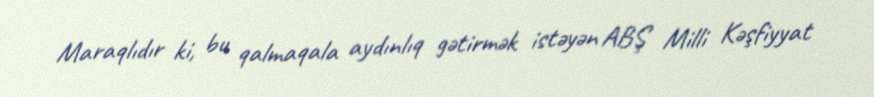
Maraqlıdır ki, bu qalmaqala aydınlıq gətirmək istəyən ABŞ Milli Kəşfiyyat